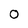
Character: O